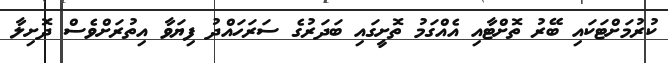
ކުރުމަށްޓަކައި ބޭރު ތޮށްޓާއި އެއްގަމު ތޮށީގައި ބަދަރުގެ ސަރަހައްދު ފިޔަވާ އިތުރަށްވެސް ދޮށިލާ